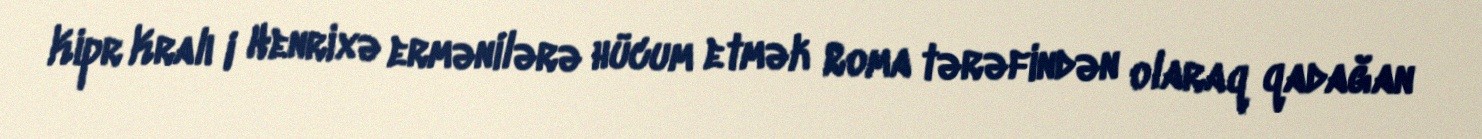
Kipr Kralı I Henrixə ermənilərə hücum etmək Roma tərəfindən olaraq qadağan